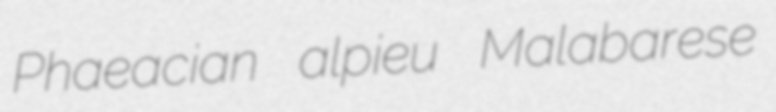
Phaeacian alpieu Malabarese